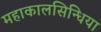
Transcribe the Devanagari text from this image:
महाकालसिन्धिया